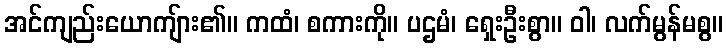
အင်ကျည်းယောကျ်ား၏။ ကထံ၊ စကားကို။ ပဌမံ၊ ရှေးဦးစွာ။ ဝါ၊ လက်မွန်မစွ။